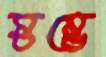
স্তম্ভে